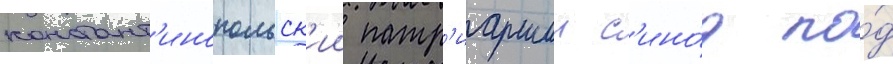
констант'инопольск'ии патр'иаршии с'ино́д по́д